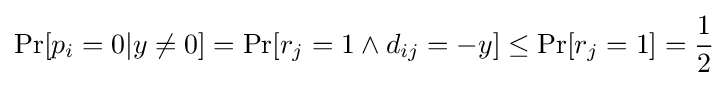
\Pr[p_{i}=0|y\neq 0]=\Pr[r_{j}=1\land d_{ij}=-y]\leq \Pr[r_{j}=1]={\frac {1}{2}}